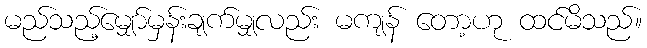
မည်သည့်မျှော်မှန်းချက်မျှလည်း မကျန် တော့ဟု ထင်မိသည်။